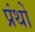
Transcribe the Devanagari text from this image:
प्रंथों